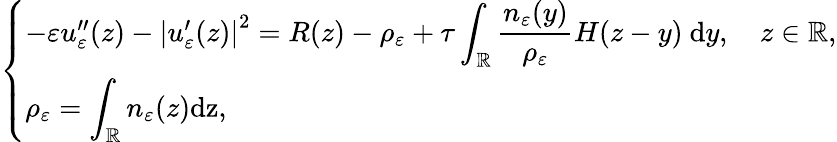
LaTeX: \left\{ \begin{array}{ll}{-\varepsilon u_{\varepsilon}^{\prime\prime}(z)-\left|u_{\varepsilon}^{\prime}(z)\right|^{2}=R(z)-\rho_{\varepsilon}+\tau\displaystyle\int_{\mathbb{R}}\frac{n_{\varepsilon}(y)}{\rho_{\varepsilon}}H(z-y)\ \mathrm{d}y,\quad z\in\mathbb{R},}\\ {\rho_{\varepsilon}=\displaystyle\int_{\mathbb{R}}n_{\varepsilon}(z)\mathrm{dz},}\end{array}\right.